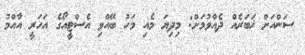
ސަންއަށް ޚަބަރެއް ދެއްވުމަށް: މިދިޔަ މެއި މަހު ބޭއްވި އެސްޓީއޯގެ އަހަރީ އާއްމު